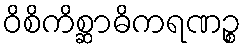
ဝိစိကိစ္ဆာဓိကရဏဉ္စ